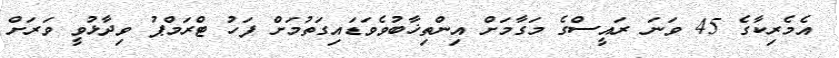
އެމެރިކާގެ 45 ވަނަ ރައީސްގެ މަގާމަށް އިންތިޚާބުވެވަޑައިގަތުމަށް ފަހު ޓްރަމްޕު ވިދާޅުވީ ވަރަށް